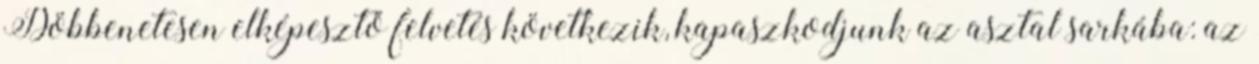
Döbbenetesen elképesztő felvetés következik, kapaszkodjunk az asztal sarkába: az